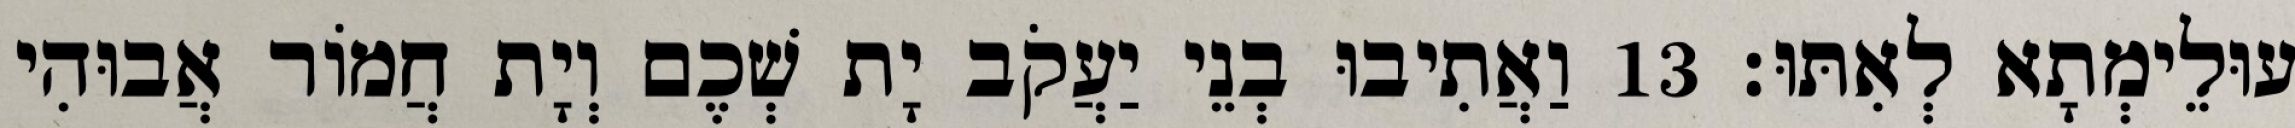
עוּלֵימְתָא לְאִתּוּ׃ 13 וַאֲתִיבוּ בְנֵי יַעֲקֹב יָת שְׁכֶם וְיָת חֲמוֹר אֲבוּהִי